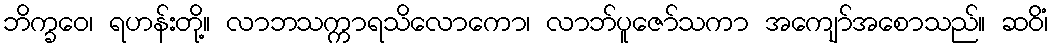
ဘိက္ခဝေ၊ ရဟန်းတို့။ လာဘသက္ကာရသိလောကော၊ လာဘ်ပူဇော်သကာ အကျော်အစောသည်။ ဆဝိံ၊